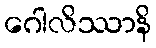
ဂေါလိဿာနိ